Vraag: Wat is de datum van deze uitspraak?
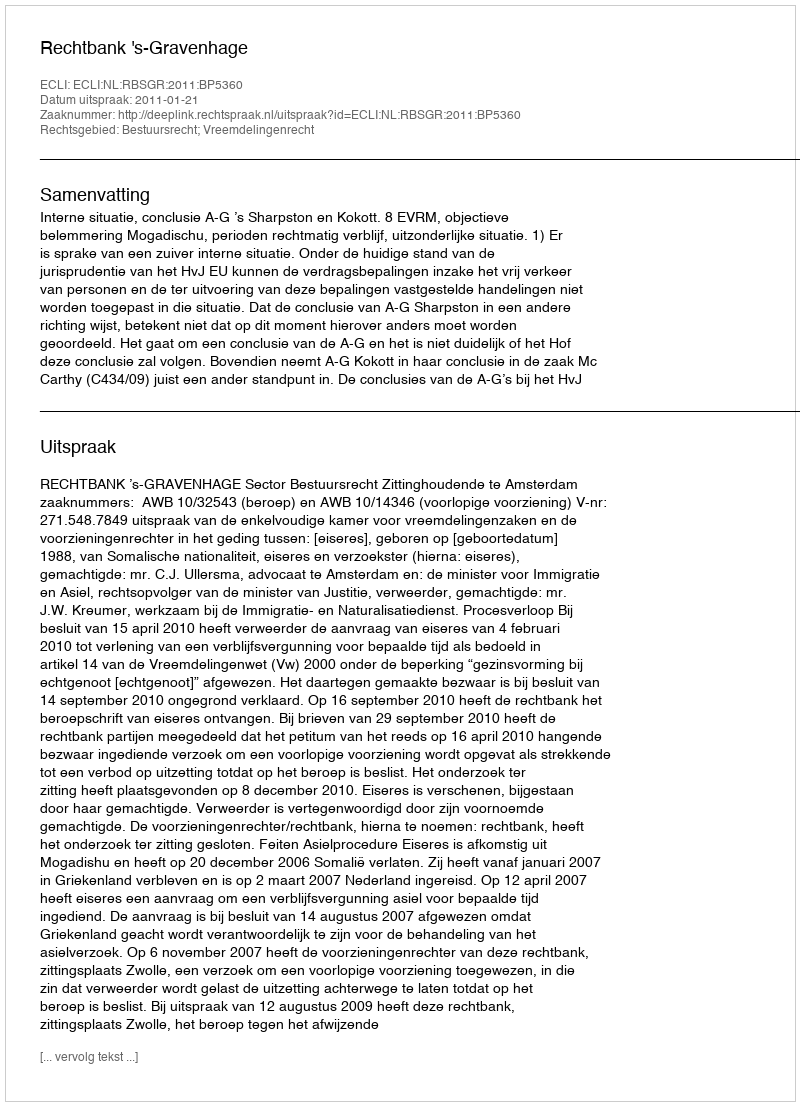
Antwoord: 2011-01-21